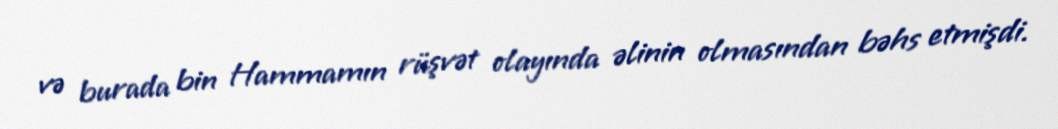
və burada bin Hammamın rüşvət olayında əlinin olmasından bəhs etmişdi.